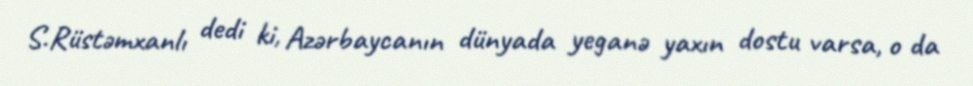
S.Rüstəmxanlı dedi ki, Azərbaycanın dünyada yeganə yaxın dostu varsa, o da